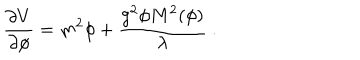
LaTeX: { \frac { \partial V } { \partial \phi } } = { m ^ { 2 } \phi } + { \frac { g ^ { 2 } \phi M ^ { 2 } ( \phi ) } { \lambda } } \ .